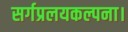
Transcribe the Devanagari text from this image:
सर्गप्रलयकल्पना।